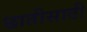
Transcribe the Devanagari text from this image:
छातीसाठी